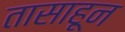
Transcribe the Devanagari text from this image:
तासाहून